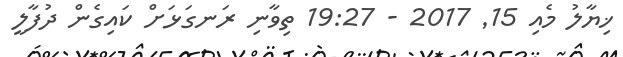
ޚިޔާލު މެއި 15